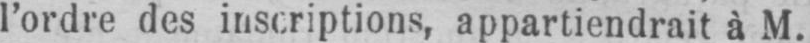
l’ordre des inscriptions, appartiendrait à M.